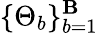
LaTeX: \{ \Theta_{b}\} _{b=1}^{\mathbf{B}}